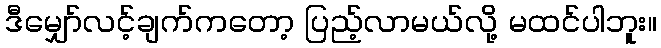
ဒီမျှော်လင့်ချက်ကတော့ ပြည့်လာမယ်လို့ မထင်ပါဘူး။